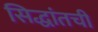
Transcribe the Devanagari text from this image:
सिद्धांतची